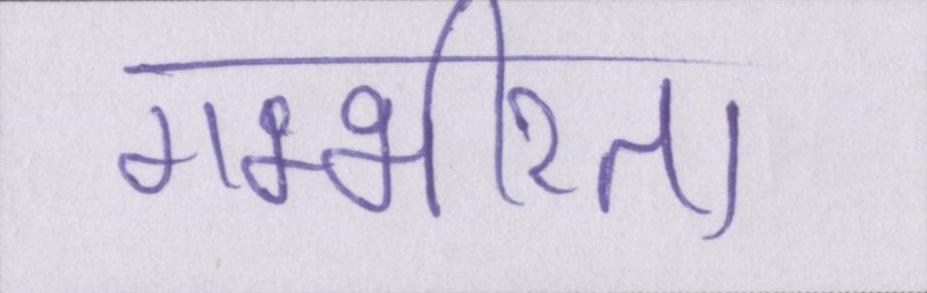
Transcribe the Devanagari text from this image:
गम्भीरता